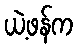
ယဲ့ဖန်က